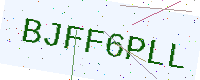
Text: BJFF6PLL